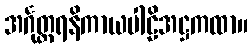
အင်္ဂုတ္တရနိကာယပါဠိအဋ္ဌကထာ။